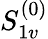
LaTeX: S_{1v}^{(0)}